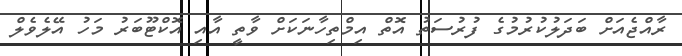
ރާއްޖެއަށް ބަދަލުކުރުމުގެ ފުރުސަތު އޮތް އިމްތިހާނަކަށް ވާތީ އާއި އޮކްޓޫބަރު މަހު އޭލެވެލް